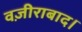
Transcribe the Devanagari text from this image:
वज़ीराबाद।